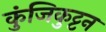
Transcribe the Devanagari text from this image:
कुंजिकुट्टन